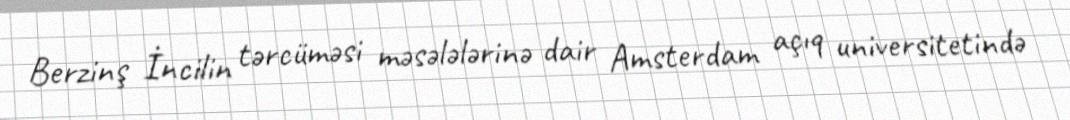
Berzinş İncilin tərcüməsi məsələlərinə dair Amsterdam açıq universitetində